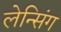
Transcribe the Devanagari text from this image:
लेन्सिंग